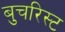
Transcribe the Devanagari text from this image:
बुचरिस्ट